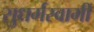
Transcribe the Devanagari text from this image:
सुधर्मस्वामी